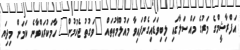
އަފްރާޝީމްގެ މަރުގެ މައްސަލާގައި ލިބިވަޑައިގެންފައިވާ މައުލޫމާތުތައް "ވަގުތު ޖެހުމުން" ހާމަކުރައްވާނެ ކަމަށް މިދިޔަ